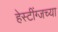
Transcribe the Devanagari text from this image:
हेस्टींग्जच्या